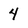
Character: 4